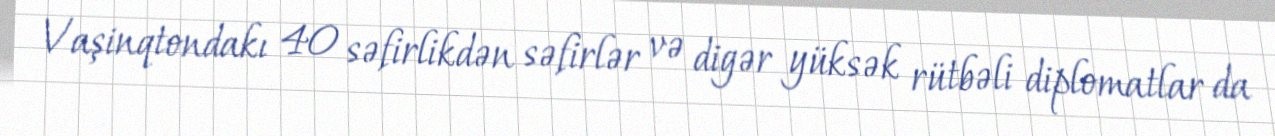
Vaşinqtondakı 40 səfirlikdən səfirlər və digər yüksək rütbəli diplomatlar da